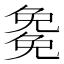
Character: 𭀰